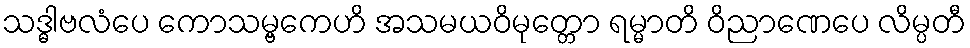
သဒ္ဓါဗလံပေ ကောသမ္ဗကေဟိ အသမယဝိမုတ္တော ရမ္မာတိ ဝိညာဏေပေ လိမ္ပတီ